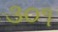
૩૦૧